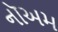
નૉઅમ